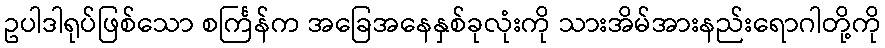
ဥပါဒါရုပ်ဖြစ်သော စင်္ကြန်က အခြေအနေနှစ်ခုလုံးကို သားအိမ်အားနည်းရောဂါတို့ကို